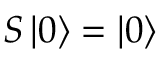
S \left| 0 \right\rangle = \left| 0 \right\rangle